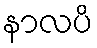
နာလပိ